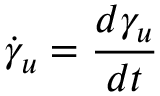
{ \dot { \gamma } } _ { u } = { \frac { d \gamma _ { u } } { d t } }